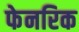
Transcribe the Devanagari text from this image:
फेनरिक